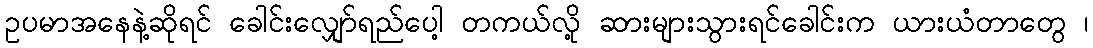
ဥပမာအနေနဲ့ဆိုရင် ခေါင်းလျှော်ရည်ပေါ့ တကယ်လို့ ဆားများသွားရင်ခေါင်းက ယားယံတာတွေ ၊